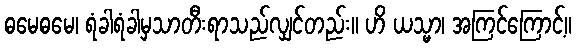
ဓမေဓမေ၊ ရံခါရံခါမှသာတီးရာသည်လျှင်တည်း။ ဟိ ယသ္မာ၊ အကြင်ကြောင့်။